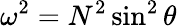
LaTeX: \omega^{2}=N^{2}\sin^{2}\theta